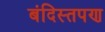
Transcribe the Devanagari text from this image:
बंदिस्तपण